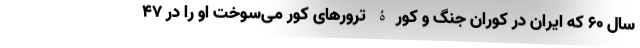
سال 60 که ایران در کوران جنگ و کورۀ ترورهای کور می‌سوخت او را در 47